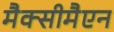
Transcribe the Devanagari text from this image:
मैक्सीमैएन